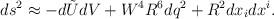
\begin{align*}ds^2 \approx - d\tilde{U} dV + W^4 R^6 dq^2 + R^2 dx_i dx^i.\end{align*}